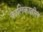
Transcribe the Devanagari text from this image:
कालिकातील